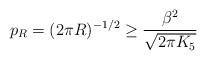
LaTeX: \begin{align*} p_R=(2\pi R)^{-1/2} \geq \frac{\beta^2}{\sqrt{2\pi K_5}}\end{align*}